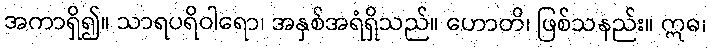
အကာရှိ၍။ သာရပရိဝါရော၊ အနှစ်အရံရှိသည်။ ဟောတိ၊ ဖြစ်သနည်း။ ဣဓ၊